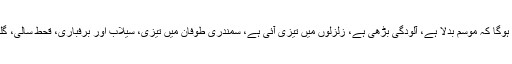
ا گر پچھلے تیس سالوں سے ابھی تک دیکھا جائے تو ہمیں محسوس ہوگا کہ موسم بدلا ہے، آلودگی بڑھی ہے، زلزلوں میں تیزی آئی ہے، سمندری طوفان میں تیزی، سیلاب اور برفباری، قحط سالی، گلیشئرز کا پگھلاؤ اور جانوروں کے مسکن پر بہت زیادہ اثر پڑا ہے۔